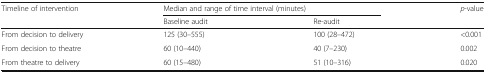
| <ROWSPAN=2> Timeline of intervention | <COLSPAN=2> Median and range of time interval (minutes) | <ROWSPAN=2> p-value |
 | Baseline audit | Re-audit |
 | --- | --- | --- | --- |
 | From decision to delivery | 125 (30–555) | 100 (28–472) | <0.001 |
 | From decision to theatre | 60 (10–440) | 40 (7–230) | 0.002 |
 | From theatre to delivery | 60 (15–480) | 51 (10–316) | 0.020 |